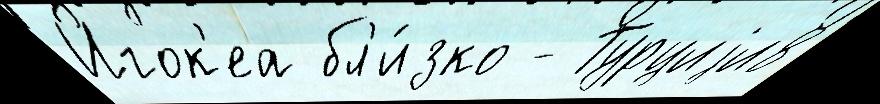
Игок'еа бл'и́зко - Турциjи8